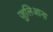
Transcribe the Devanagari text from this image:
जुलिआना